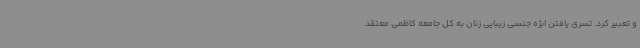
و تعبیر کرد. تسری یافتن ابژه جنسی زیبایی زنان به کل جامعه کاظمی معتقد